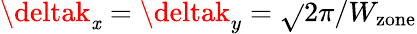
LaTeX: \deltak_{\mathit{x}}=\deltak_{y}=\sqrt{}{{2}}\pi/W_{\mathrm{{zone}}}